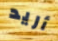
أريد